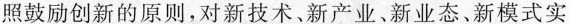
照鼓励创新的原则，对新技术、新产业、新业态、新模式实